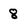
Character: 8